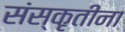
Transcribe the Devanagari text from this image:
संस्कृतींना